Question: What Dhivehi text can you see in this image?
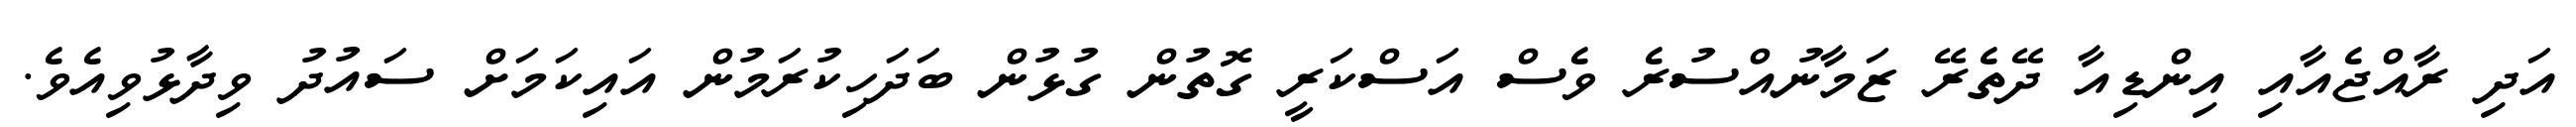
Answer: އަދި ރާއްޖެއާއި އިންޑިއާ ދޭތެރޭ ޒަމާނުއްސުރެ ވެސް އަސްކަރީ ގޮތުން ގުޅުން ބަދަހިކުރަމުން އައިކަމަށް ސައުދު ވިދާޅުވިއެވެ.